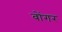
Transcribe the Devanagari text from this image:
बोंगर